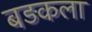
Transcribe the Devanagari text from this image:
बड़कला